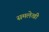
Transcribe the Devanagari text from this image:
समलेखी